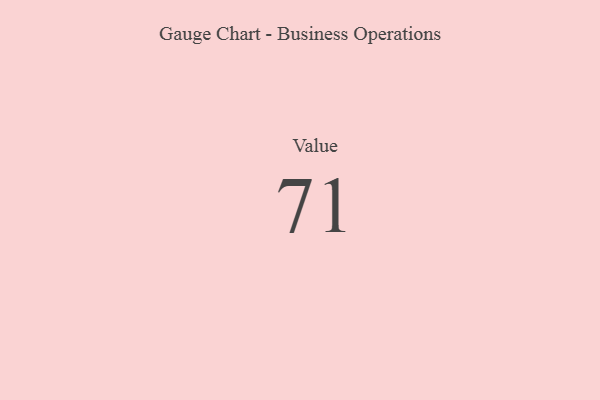
{"axis": {"x": "Metric", "y": "Value"}, "legend": [""], "data": [{"x": "Value", "y": 71, "type": ""}]}